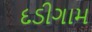
દડીગામ